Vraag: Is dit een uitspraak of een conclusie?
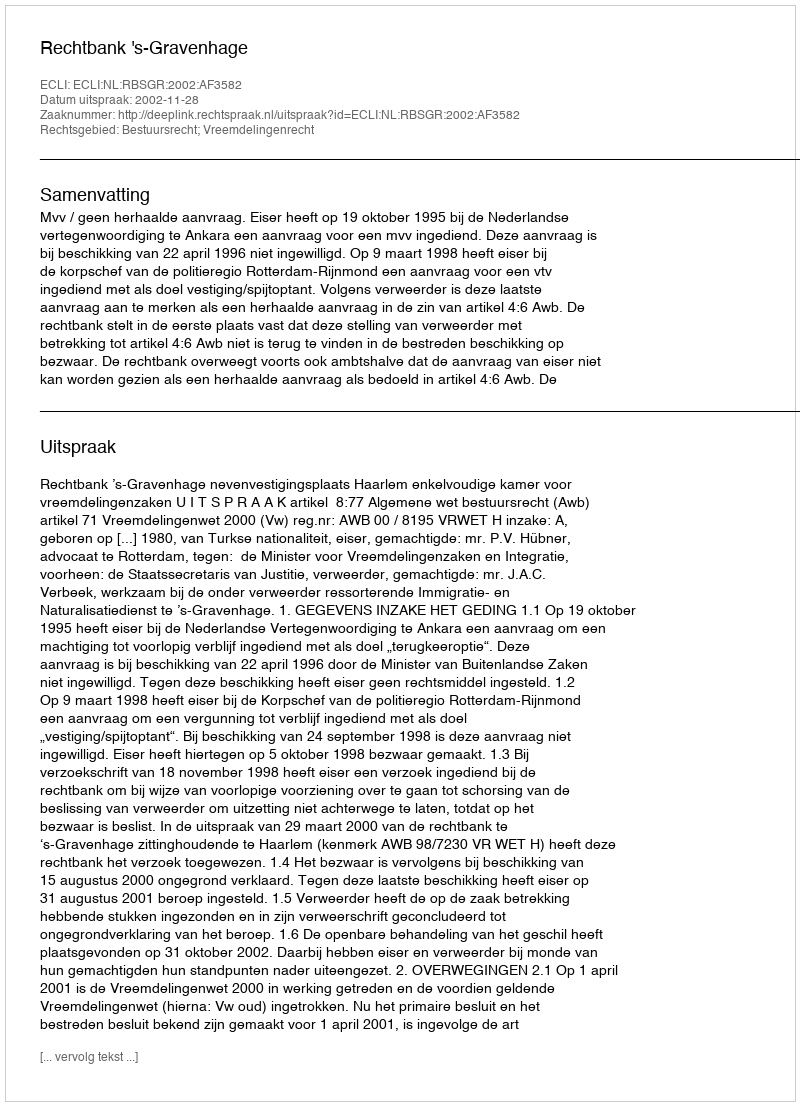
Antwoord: Uitspraak